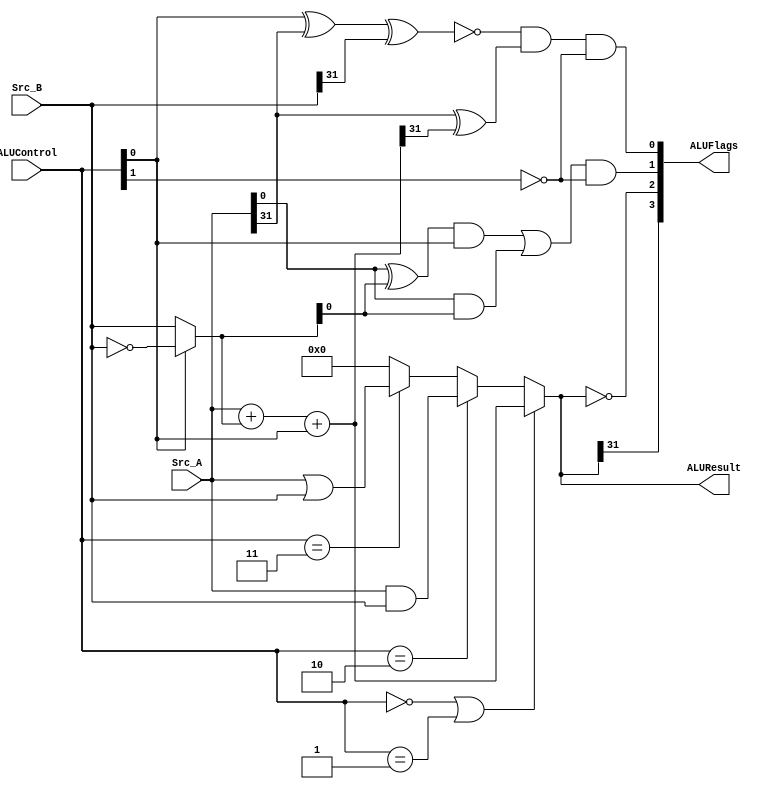
module ALU(
    input [31:0] Src_A,
    input [31:0] Src_B,
    input [1:0] ALUControl,

    output [31:0] ALUResult,
    output [3:0] ALUFlags
    );
    
    wire [31:0] B;
    wire [31:0] sum;
    
    assign B = (ALUControl[0] == 0) ? Src_B : ~Src_B;
    assign sum =  Src_A + B + ALUControl[0];
    
    assign ALUResult = (ALUControl == 2'b00 || ALUControl == 2'b01) ? sum :
                       (ALUControl == 2'b10) ? (Src_A & Src_B) :
                       (ALUControl == 2'b11) ? (Src_A | Src_B) :
                       32'b0;
    
    assign ALUFlags[3] = ALUResult[31];
    assign ALUFlags[2] = !ALUResult;
    assign ALUFlags[1] = (((Src_A ^ B) & ALUControl[0]) | (Src_A & B)) & !ALUControl[1];
    assign ALUFlags[0] = ~(ALUControl[0] ^ Src_A[31] ^ Src_B[31]) & (Src_A[31] ^ sum[31]) & (!ALUControl[1]);
    
endmodule